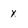
Character: x